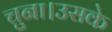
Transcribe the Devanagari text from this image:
चुना।उसके